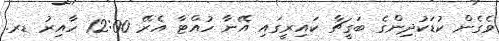
ވެގެން ކުޑަކުދިންގެ ބަގީޗާ ކައިރީގައި އޭނާ ހުއްޓާ އެރޭ 12:00 ހާއިރު ޑރ.